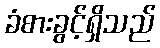
ခံစားခွင့်ရှိသည်